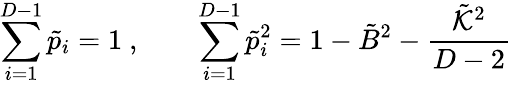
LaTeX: \sum_{i=1}^{D-1}\tilde{p}_{i}=1\ ,\qquad\sum_{i=1}^{D-1}\tilde{p}_{i}^{2}=1-\tilde{B}^{2}-\frac{\tilde{{\cal K}}^{2}}{D-2}